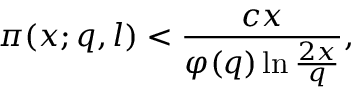
\pi ( x ; q , l ) < { \frac { c x } { \varphi ( q ) \ln { \frac { 2 x } { q } } } } ,